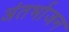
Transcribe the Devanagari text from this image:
अंतर्भाजन